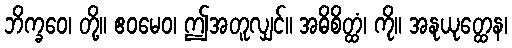
ဘိက္ခဝေ၊ တို့။ ဧဝမေဝ၊ ဤအတူလျှင်။ အဓိစိတ္ထံ၊ ကို။ အနုယုတ္ထေန၊